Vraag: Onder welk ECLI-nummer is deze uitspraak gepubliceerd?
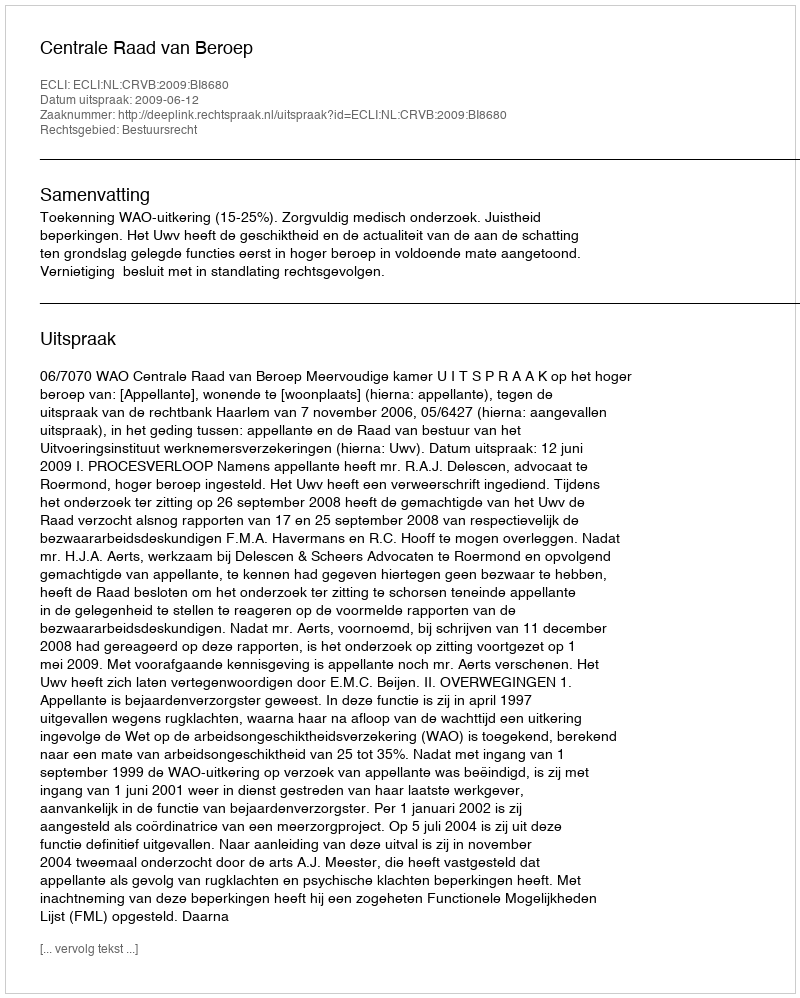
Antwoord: ECLI:NL:CRVB:2009:BI8680